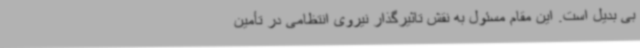
بی بدیل است. این مقام مسئول به نقش تاثیرگذار نیروی انتظامی در تأمین